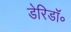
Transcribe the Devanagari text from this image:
डेरिडॉ॰